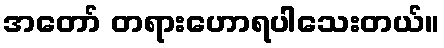
အတော် တရားဟောရပါသေးတယ်။